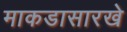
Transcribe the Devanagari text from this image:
माकडासारखे